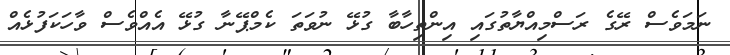
ނަމަވެސް ރޭގެ ރަސްމިއްޔާތުގައި އިންތިހާބާ ގުޅޭ ނުވަތަ ކެމްޕޭނާ ގުޅޭ އެއްވެސް ވާހަކަފުޅެއް